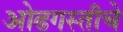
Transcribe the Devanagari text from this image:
ओढगस्तीचे